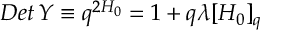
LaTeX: D e t \, Y \equiv q ^ { 2 H _ { 0 } } = 1 + q \lambda [ H _ { 0 } ] _ { q }